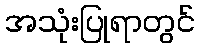
အသုံးပြုရာတွင်